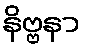
နိဗ္ဗနာ